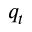
q _ { t }